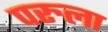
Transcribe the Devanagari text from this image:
परुला